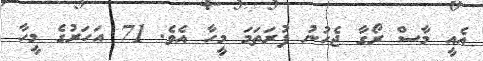
އެއީ މާސް ރޯގާ ޖެހުނު ފުރަތަމަ މީހާ އެވެ. 71 އަހަރުގެ މީހާ